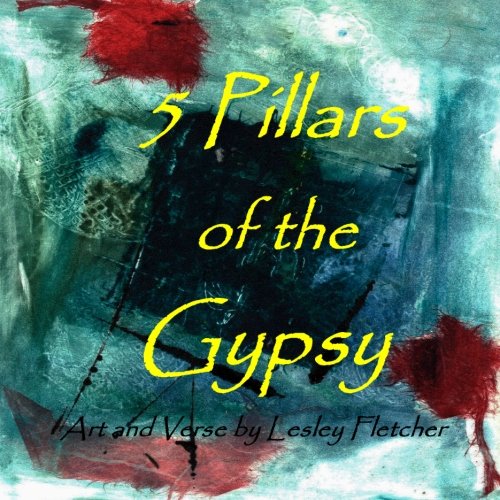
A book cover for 5 Pillars of the Gypsy; Lesley Fletcher; Arts & Photography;